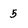
Character: 5